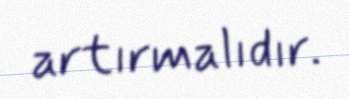
artırmalıdır.